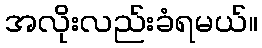
အလိုးလည်းခံရမယ်။